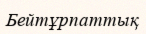
Бейтұрпаттық